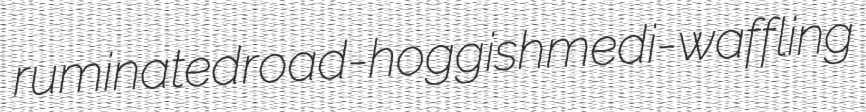
ruminated road-hoggish medi- waffling